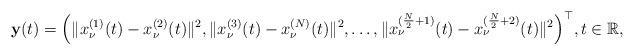
LaTeX: \begin{align*}\mathbf{y}(t)=\Big(\|x_\nu^{(1)}(t)-x_\nu^{(2)}(t)\|^2,\|x_\nu^{(3)}(t)-x_\nu^{(N)}(t)\|^2,\dots,\|x_\nu^{(\frac{N}{2}+1)}(t)-x_\nu^{(\frac{N}{2}+2)}(t)\|^2\Big)^{\top}, t\in\mathbb{R},\end{align*}